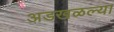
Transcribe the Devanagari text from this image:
अडखळल्या